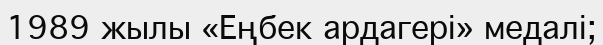
1989 жылы «Еңбек ардагері» медалі;